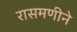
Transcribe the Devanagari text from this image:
रासमणीने